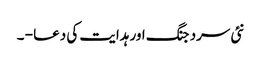
نئی سرد جنگ اور ہدایت کی دعا - ۔